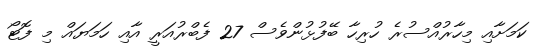
ކަމަށާއި މިހާރުއްސުރެ ހުރިހާ ބޭފުޅުންވެސް 27 ފެބްރުއަރީ އާއި ހަމަޔައް މި ފޮޓޯ